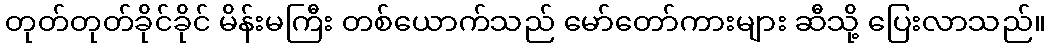
တုတ်တုတ်ခိုင်ခိုင် မိန်းမကြီး တစ်ယောက်သည် မော်တော်ကားများ ဆီသို့ ပြေးလာသည်။